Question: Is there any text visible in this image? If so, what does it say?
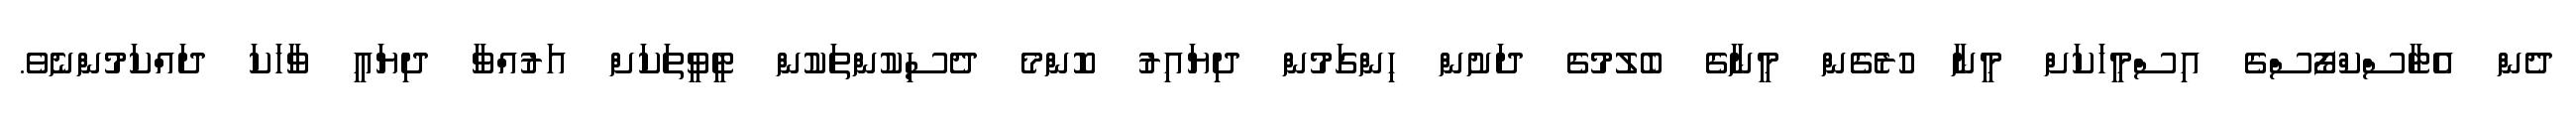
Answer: ދެން އެޓާސްކްފޯސްގެ އިސްމީހަކަށް މީނާ ހުރެގެން މީނާގެ ބެލުމުގެ ދަށުން ހިންގަމުން ދިޔައިރު ކޮންމެ ދެސިކުންތަކުން ޓީވީތަކަށް އަރުއްވާ ދިޔައީ ވާހަކަ ދައްކަމުންނެވެ.